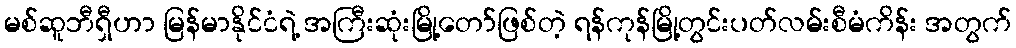
မစ်ဆူဘီရှီဟာ မြန်မာနိုင်ငံရဲ့ အကြီးဆုံးမြို့တော်ဖြစ်တဲ့ ရန်ကုန်မြို့တွင်းပတ်လမ်းစီမံကိန်း အတွက်